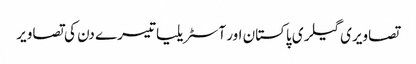
تصاویری گیلری پاکستان اور آسٹریلیا تیسرے دن کی تصاویر